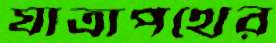
যাত্রাপথের